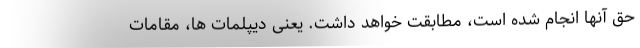
حق آنها انجام شده است، مطابقت خواهد داشت. یعنی دیپلمات ها، مقامات